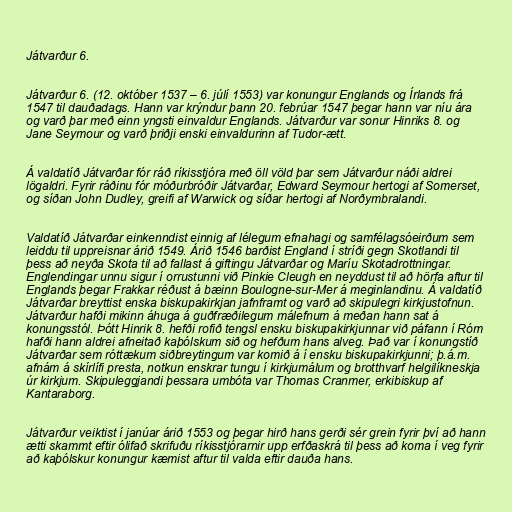
Játvarður 6.

Játvarður 6. (12. október 1537 – 6. júlí 1553) var konungur Englands og Írlands frá
1547 til dauðadags. Hann var krýndur þann 20. febrúar 1547 þegar hann var níu ára
og varð þar með einn yngsti einvaldur Englands. Játvarður var sonur Hinriks 8. og
Jane Seymour og varð þriðji enski einvaldurinn af Tudor-ætt.

Á valdatíð Játvarðar fór ráð ríkisstjóra með öll völd þar sem Játvarður náði aldrei
lögaldri. Fyrir ráðinu fór móðurbróðir Játvarðar, Edward Seymour hertogi af Somerset,
og síðan John Dudley, greifi af Warwick og síðar hertogi af Norðymbralandi.

Valdatíð Játvarðar einkenndist einnig af lélegum efnahagi og samfélagsóeirðum sem
leiddu til uppreisnar árið 1549. Árið 1546 barðist England í stríði gegn Skotlandi til
þess að neyða Skota til að fallast á giftingu Játvarðar og Maríu Skotadrottningar.
Englendingar unnu sigur í orrustunni við Pinkie Cleugh en neyddust til að hörfa aftur til
Englands þegar Frakkar réðust á bæinn Boulogne-sur-Mer á meginlandinu. Á valdatíð
Játvarðar breyttist enska biskupakirkjan jafnframt og varð að skipulegri kirkjustofnun.
Játvarður hafði mikinn áhuga á guðfræðilegum málefnum á meðan hann sat á
konungsstól. Þótt Hinrik 8. hefði rofið tengsl ensku biskupakirkjunnar við páfann í Róm
hafði hann aldrei afneitað kaþólskum sið og hefðum hans alveg. Það var í konungstíð
Játvarðar sem róttækum siðbreytingum var komið á í ensku biskupakirkjunni; þ.á.m.
afnám á skírlífi presta, notkun enskrar tungu í kirkjumálum og brotthvarf helgilíkneskja
úr kirkjum. Skipuleggjandi þessara umbóta var Thomas Cranmer, erkibiskup af
Kantaraborg.

Játvarður veiktist í janúar árið 1553 og þegar hirð hans gerði sér grein fyrir því að hann
ætti skammt eftir ólifað skrifuðu ríkisstjórarnir upp erfðaskrá til þess að koma í veg fyrir
að kaþólskur konungur kæmist aftur til valda eftir dauða hans.